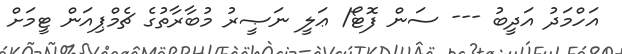
އަހްމަދު އަދީބު --- ސަން ފޮޓޯ/ ޢަލީ ނަޞީރު މުބާރާތުގެ ޗެމްޕިއަން ޓީމަށް